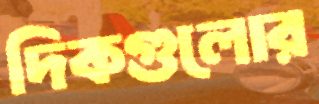
দিকগুলোর